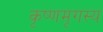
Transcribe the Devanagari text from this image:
कृष्णमृगस्य